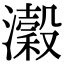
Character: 瀔